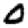
Digit: 0